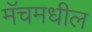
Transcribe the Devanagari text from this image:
मॅचमधील